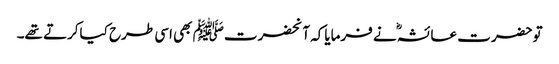
توحضرت عائشہؓ نے فرمایاکہ آنحضرتﷺ بھی اسی طرح کیاکرتے تھے۔